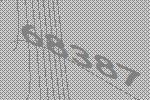
68387